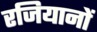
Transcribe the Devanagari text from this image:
रजियानों